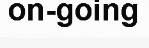
on-going